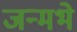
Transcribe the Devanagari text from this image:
जन्मभे